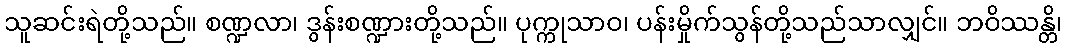
သူဆင်းရဲတို့သည်။ စဏ္ဍလာ၊ ဒွန်းစဏ္ဍားတို့သည်။ ပုက္ကုသာဝ၊ ပန်းမှိုက်သွန်တို့သည်သာလျှင်။ ဘဝိဿန္တိ၊